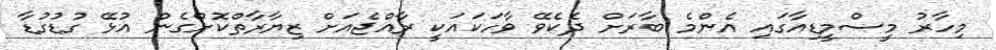
މިހާރު މީސްމީޑިއާގައި އެންމެ ބާރަށް ދެކެވޭ ވާހަކައަކީ ރާއްޖެއަށް ޒިޔާރާތްކޮށްގެން އުޅޭ ގުޑުގުޑާ